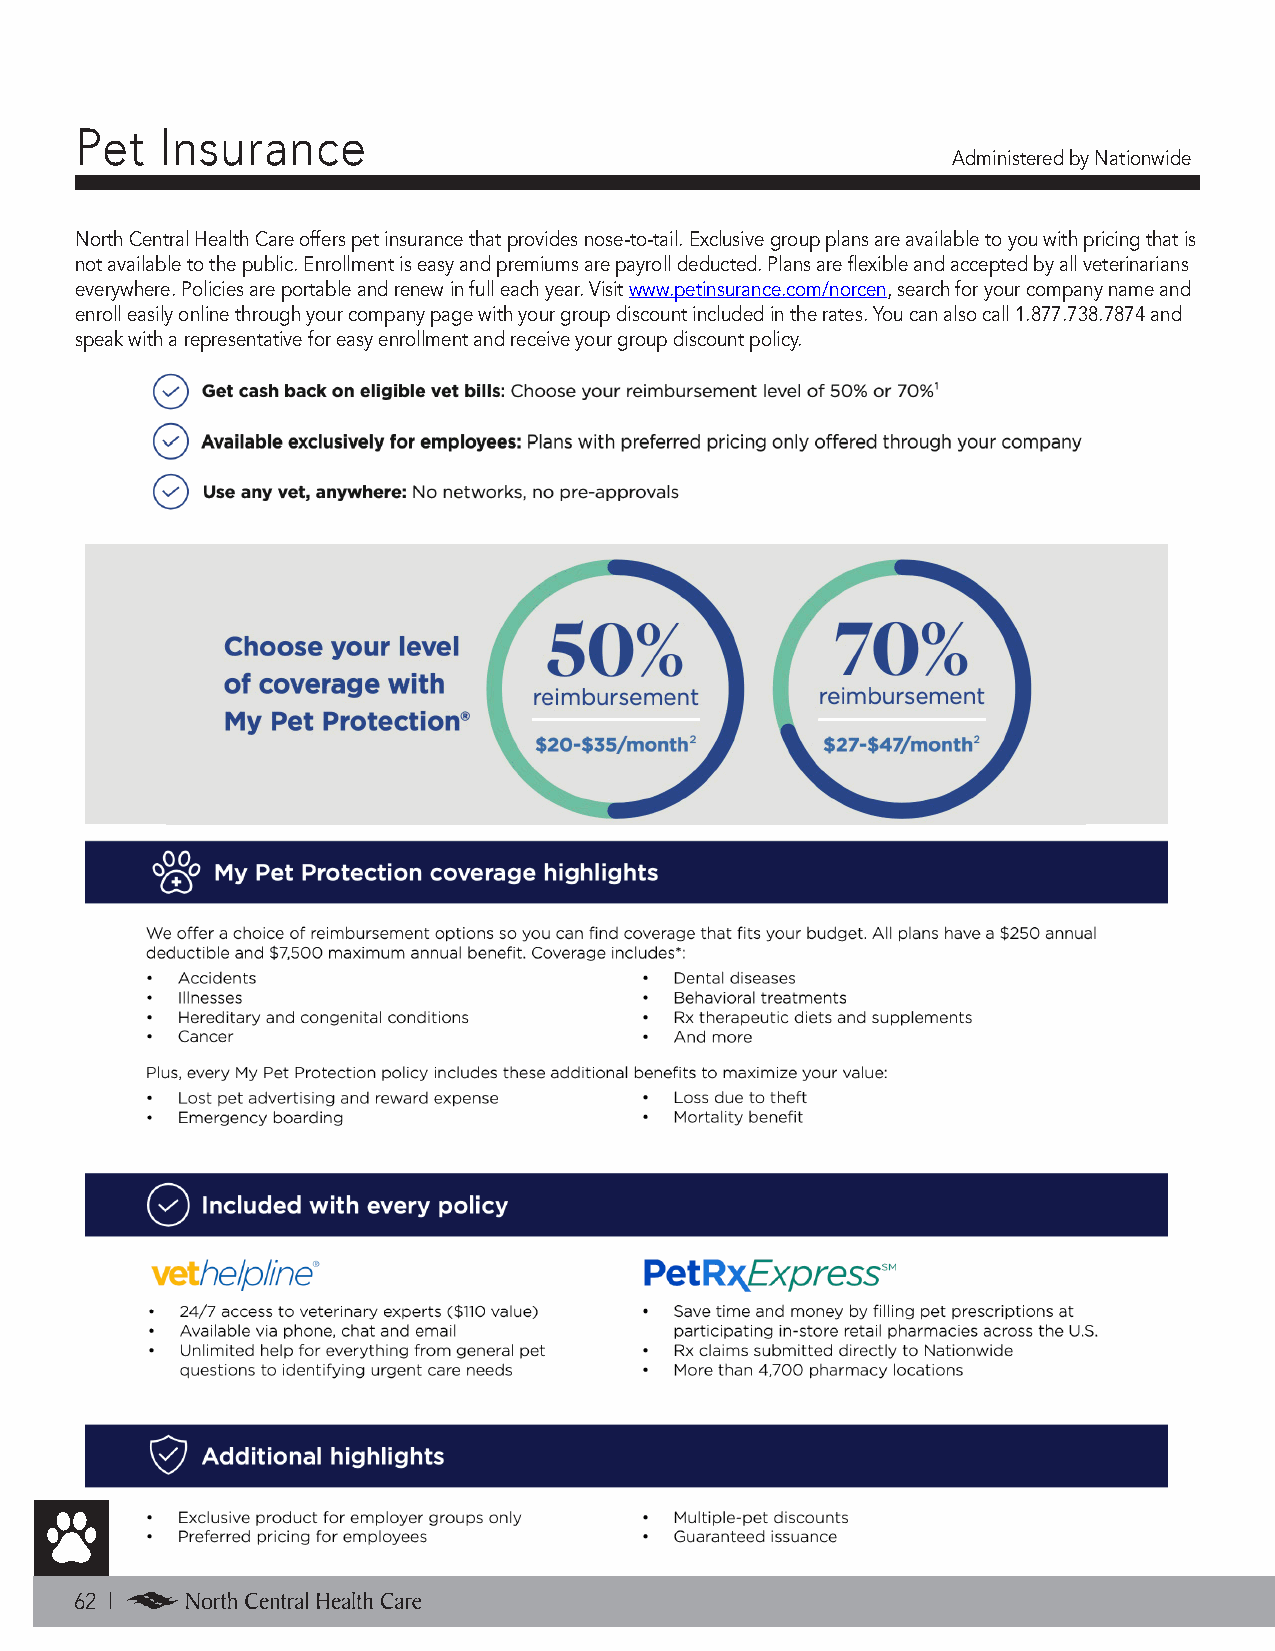
Pet   Insurance
 Administered by Nationwide
 North Central Health Care offers pet insurance that provides nose-to-tail. Exclusive group plans are available to you with pricing that is
 not available to the public. Enrollment is easy and premiums are payroll deducted. Plans are flexible and accepted by all veterinarians
 everywhere. Policies are portable and renew in full each year. Visit www.petinsurance.com/norcen, search for your company name and
 enroll easily online through your company page with your group discount included in the rates. You can also call 1.877.738.7874 and
 speak with a representative for easy enrollment and receive your group discount policy.
 62 |